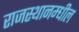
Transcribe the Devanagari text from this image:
राजस्थानम्धील